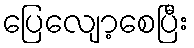
ပြေလျော့စေပြီး